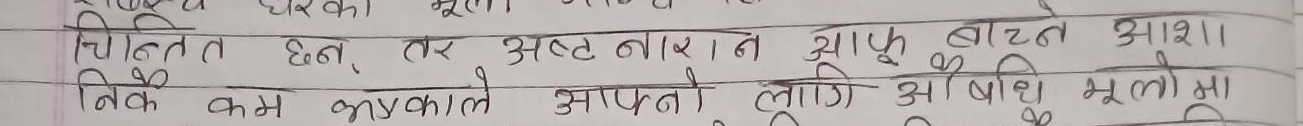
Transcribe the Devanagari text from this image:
चिन्तित छन् तर अष्ट नारायण झाफु बाच्न आशा
निकै कम झप्काले आफ्नो लागि औषधि मुल्यमा